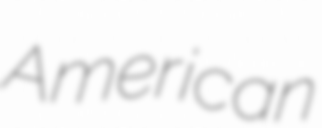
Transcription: American